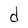
Character: d